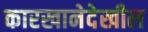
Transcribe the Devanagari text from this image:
कारखानेदेखील